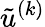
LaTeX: \tilde{u}^{(k)}